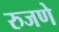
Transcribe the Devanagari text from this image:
रुजणे